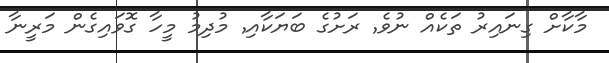
މާކާށް ގިނައިރު ތަކެއް ނުވެ